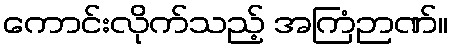
ကောင်းလိုက်သည့် အကြံဉာဏ်။